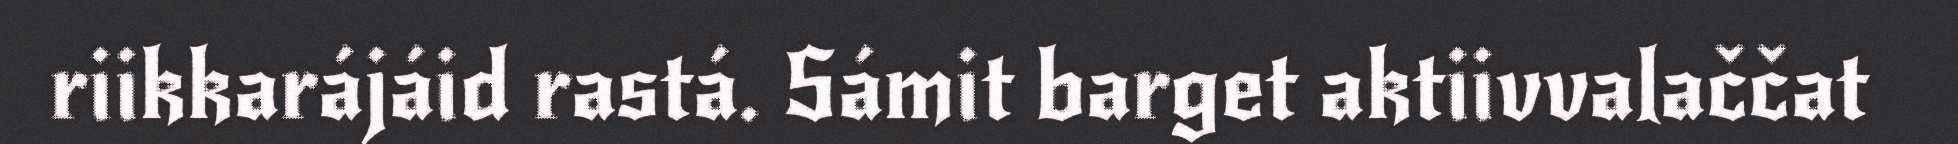
riikkarájáid rastá. Sámit barget aktiivvalaččat